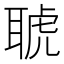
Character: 𦖖